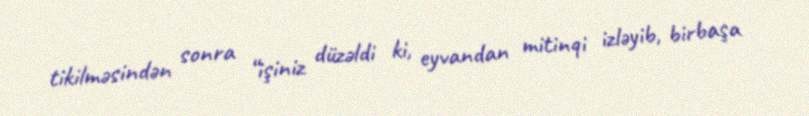
tikilməsindən sonra “işiniz düzəldi ki, eyvandan mitinqi izləyib, birbaşa